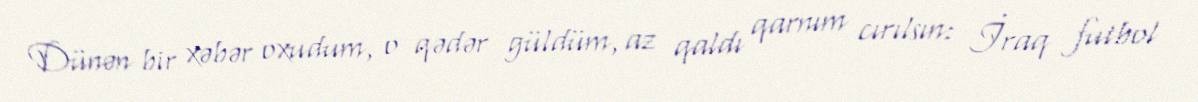
Dünən bir xəbər oxudum, o qədər güldüm, az qaldı qarnım cırılsın: İraq futbol